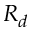
R _ { d }